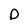
Character: o